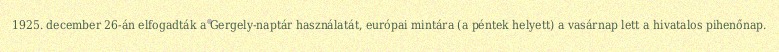
1925. december 26-án elfogadták a Gergely-naptár használatát, európai mintára (a péntek helyett) a vasárnap lett a hivatalos pihenőnap.